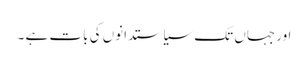
اور جہاں تک سیاستدانوں کی بات ہے ۔